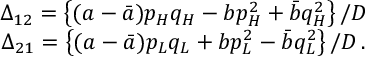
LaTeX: \begin{array} { c } { { \Delta _ { 1 2 } = \left\{ ( a - \bar { a } ) p _ { H } q _ { H } - b p _ { H } ^ { 2 } + \bar { b } q _ { H } ^ { 2 } \right\} / D } } \\ { { \Delta _ { 2 1 } = \left\{ ( a - \bar { a } ) p _ { L } q _ { L } + b p _ { L } ^ { 2 } - \bar { b } q _ { L } ^ { 2 } \right\} / D \, . } } \end{array}